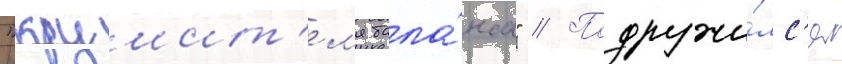
"крушит'ел'я бала́нса" // Подружи́лс'я